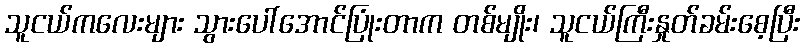
သူငယ်ကလေးများ သွားပေါ်အောင်ပြုံးတာက တစ်မျိုး၊ သူငယ်ကြီးနှုတ်ခမ်းစေ့ပြီး